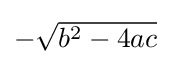
\textstyle -{\sqrt {b^{2}-4ac}}